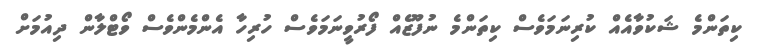
ކިތަންމެ ޝަކުވާއެއް ކުރިނަމަވެސް ކިތަންމެ ނުފޫޒެއް ފޯރުވީނަމަވެސް ހުރިހާ އެންމެންވެސް ވޯޓްލާން ދިއުމަށް